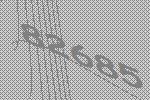
82685